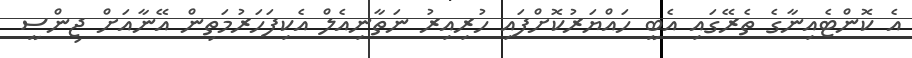
އެ ކޮންޓެއިނާގެ ތެރޭގައި އެބީ ހައްޔަރުކޮށްފައި ހުރިއިރު ނަތާނިއެލް އެކިފަހަރުމަތިން އޭނާއަށް ޖިންސީ